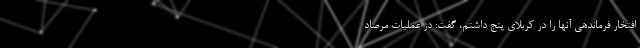
افتخار فرماندهی آنها را در کربلای پنج داشتم، گفت: در عملیات مرصاد